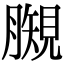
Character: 𧡯